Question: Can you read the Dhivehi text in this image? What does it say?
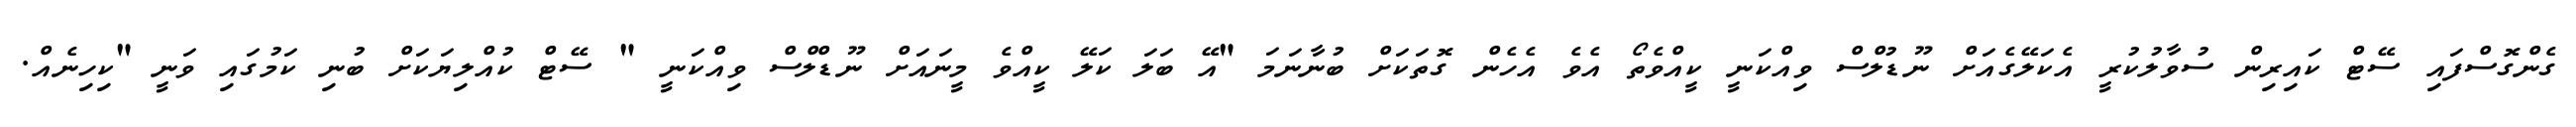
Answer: ގެންގޮސްފައި ސޭޓް ކައިރިން ސުވާލުކުރީ އެކަލޭގެއަށް ނޫޑުލްސް ވިއްކަނީ ކީއްވެތޯ އެވެ އެހެން ގޮތަކަށް ބުނާނަމަ "އޭ ބަލަ ކަލޭ ކީއްވެ މީނައަށް ނޫޑްލްސް ވިއްކަނީ " ސޭޓް ކުއްލިޔަކަށް ބުނި ކަމުގައި ވަނީ "ކިހިނެއް.